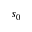
s _ { 0 }